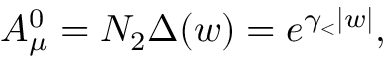
{ \cal A } _ { \mu } ^ { 0 } = { \cal N } _ { 2 } \Delta ( w ) = e ^ { \gamma _ { < } | w | } ,